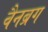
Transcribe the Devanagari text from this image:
वैनब्रग